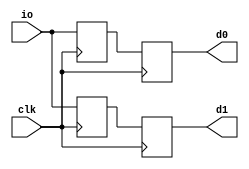
/*
Double Data to Single Data Rate Input Register
2010-2011 sclai <laikos@yahoo.com>

This library is free software; you can redistribute it and/or modify it 
 under the terms of the GNU Lesser General Public License as published by 
 the Free Software Foundation; either version 2.1 of the License, 
 or (at your option) any later version.
 
 This library is distributed in the hope that it will be useful, but 
 WITHOUT ANY WARRANTY; without even the implied warranty of
 MERCHANTABILITY or FITNESS FOR A PARTICULAR PURPOSE. See the GNU
 Lesser General Public License for more details.
 
 You should have received a copy of the GNU Lesser General Public
 License along with this library; if not, write to the Free Software
 Foundation, Inc., 59 Temple Place, Suite 330, Boston, MA 02111-1307
 USA
*/
module my_iddrx8(
input wire 			clk,
input wire 	[7:0]	io,
output reg [7:0] d0,
output reg [7:0] d1
);

reg[7:0] dp0;
reg[7:0] dn0;
always@(posedge clk)
begin
	dp0<=io;
end

always@(negedge clk)
begin
	dn0=io;
end

always@(posedge clk)
begin
	d0<=dp0;
	d1<=dn0;
end

endmodule